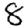
Digit: 8